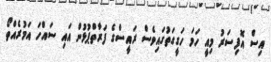
އިސް އޮފިސަރު މިއީ ހަމަ ހަގީގަތުގައިވެސް ރައީސްގެ ފަރާތްޕުޅުން އައި ސައްހަ އަމުރެއްތޯ